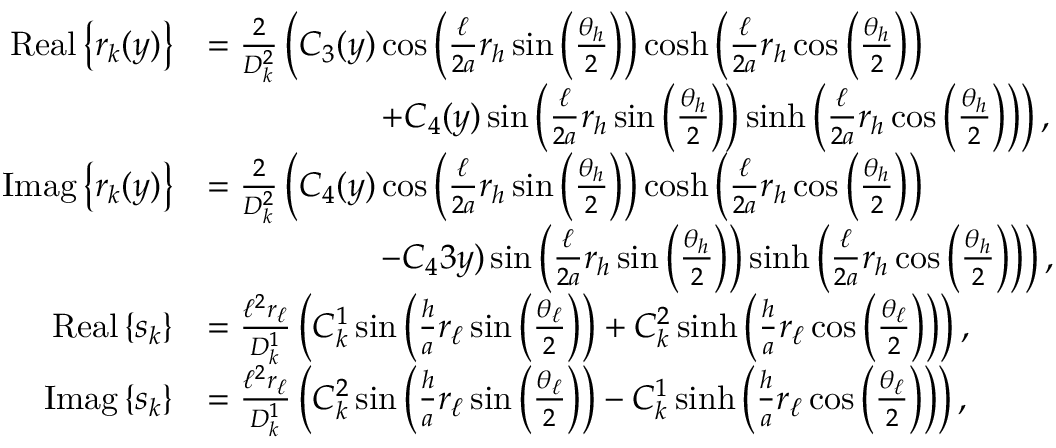
\begin{array} { r l } { \mathrm { R e a l } \left\{ r _ { k } ( y ) \right\} } & { = \frac { 2 } { D _ { k } ^ { 2 } } \left( C _ { 3 } ( y ) \cos \left( \frac { \ell } { 2 a } r _ { h } \sin \left( \frac { \theta _ { h } } { 2 } \right) \right) \cosh \left( \frac { \ell } { 2 a } r _ { h } \cos \left( \frac { \theta _ { h } } { 2 } \right) \right) \right. } \\ & { \quad \quad \quad \quad \quad \left. + C _ { 4 } ( y ) \sin \left( \frac { \ell } { 2 a } r _ { h } \sin \left( \frac { \theta _ { h } } { 2 } \right) \right) \sinh \left( \frac { \ell } { 2 a } r _ { h } \cos \left( \frac { \theta _ { h } } { 2 } \right) \right) \right) , } \\ { \mathrm { I m a g } \left\{ r _ { k } ( y ) \right\} } & { = \frac { 2 } { D _ { k } ^ { 2 } } \left( C _ { 4 } ( y ) \cos \left( \frac { \ell } { 2 a } r _ { h } \sin \left( \frac { \theta _ { h } } { 2 } \right) \right) \cosh \left( \frac { \ell } { 2 a } r _ { h } \cos \left( \frac { \theta _ { h } } { 2 } \right) \right) \right. } \\ & { \quad \quad \quad \quad \quad \left. - C _ { 4 } 3 y ) \sin \left( \frac { \ell } { 2 a } r _ { h } \sin \left( \frac { \theta _ { h } } { 2 } \right) \right) \sinh \left( \frac { \ell } { 2 a } r _ { h } \cos \left( \frac { \theta _ { h } } { 2 } \right) \right) \right) , } \\ { \mathrm { R e a l } \left\{ s _ { k } \right\} } & { = \frac { \ell ^ { 2 } r _ { \ell } } { D _ { k } ^ { 1 } } \left( C _ { k } ^ { 1 } \sin \left( \frac { h } { a } r _ { \ell } \sin \left( \frac { \theta _ { \ell } } { 2 } \right) \right) + C _ { k } ^ { 2 } \sinh \left( \frac { h } { a } r _ { \ell } \cos \left( \frac { \theta _ { \ell } } { 2 } \right) \right) \right) , } \\ { \mathrm { I m a g } \left\{ s _ { k } \right\} } & { = \frac { \ell ^ { 2 } r _ { \ell } } { D _ { k } ^ { 1 } } \left( C _ { k } ^ { 2 } \sin \left( \frac { h } { a } r _ { \ell } \sin \left( \frac { \theta _ { \ell } } { 2 } \right) \right) - C _ { k } ^ { 1 } \sinh \left( \frac { h } { a } r _ { \ell } \cos \left( \frac { \theta _ { \ell } } { 2 } \right) \right) \right) , } \end{array}